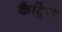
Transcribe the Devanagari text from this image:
कैट्रिज